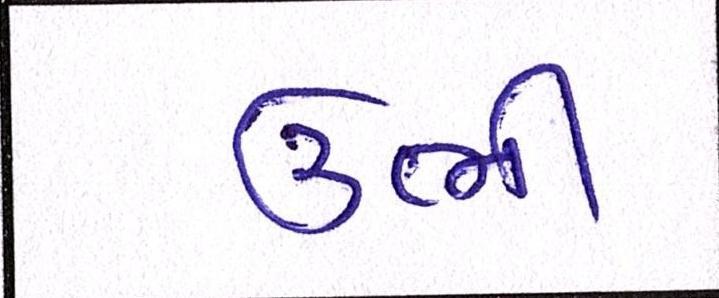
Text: ઉભી